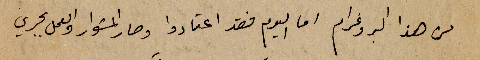
من هذا البروغرام اما اليوم فقد اعتادو وصار المشوار والعمل يجري